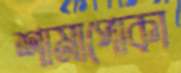
শামাপোকা